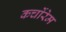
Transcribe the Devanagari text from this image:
कर्चोरेम